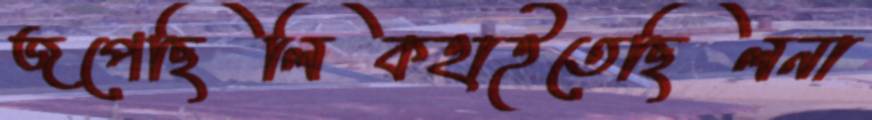
জপেছিলিকহাইতেছিলনা